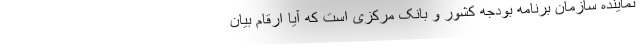
نماینده سازمان برنامه بودجه کشور و بانک مرکزی است که آیا ارقام بیان